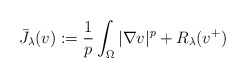
\begin{align*} \bar J_\lambda(v) := \frac 1p \int_\Omega |\nabla v|^p + R_\lambda(v^+)\end{align*}